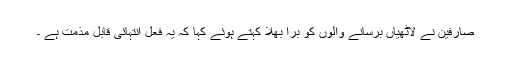
صارفین نے لاٹھیاں برسانے والوں کو بُرا بھلا کہتے ہوئے کہا کہ یہ فعل انتہائی قابل مذمت ہے ۔